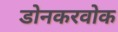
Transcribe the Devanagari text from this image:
डोनकरवोक